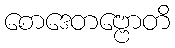
စောဒေတဗ္ဗောတိ